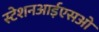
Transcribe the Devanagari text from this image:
स्टेशनआईएसओ